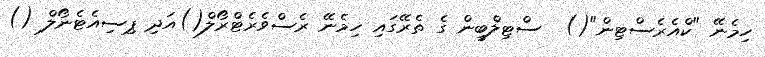
ހިމެނޭ "ކްއެރެސްޓިން"()  ސްޓިލްބީން ގެ ތެރޭގައި ހިމެނޭ ރެސްވެރެޓްރޯލް()އަދި ޕިސިއެޓެނޯލް ()